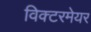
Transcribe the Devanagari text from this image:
विक्टरमेयर